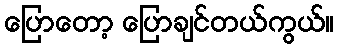
ပြောတော့ ပြောချင်တယ်ကွယ်။